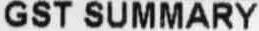
GST SUMMARY